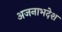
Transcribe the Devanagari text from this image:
अजनाभदेश